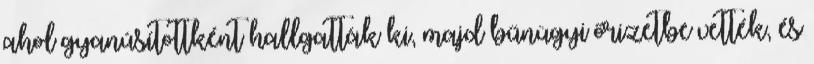
ahol gyanúsítottként hallgatták ki, majd bűnügyi őrizetbe vették, és